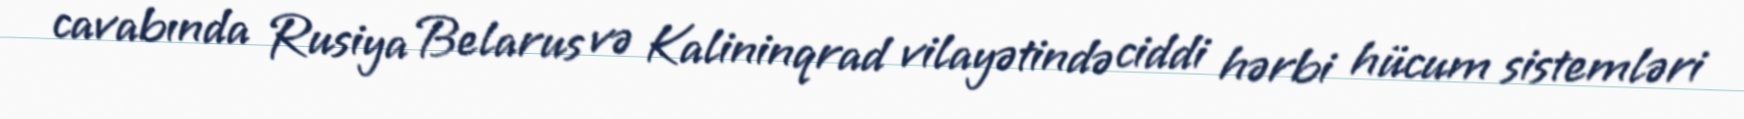
cavabında Rusiya Belarus və Kalininqrad vilayətində ciddi hərbi hücum sistemləri